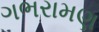
ગભરામણ